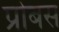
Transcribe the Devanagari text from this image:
प्रोबस